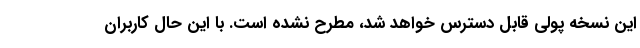
این نسخه پولی قابل دسترس خواهد شد، مطرح نشده است. با این حال کاربران